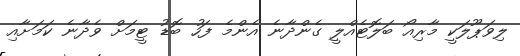
ލިވަޕޫލަކީ މާރިއޯ ބަލޮޓެއްލީ ގެންދާނެ އެންމެ ފަހު ބޮޑު ޓީމަށް ވެދާނެ ކަމަށާއި